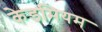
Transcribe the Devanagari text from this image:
केडमियम